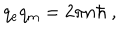
LaTeX: q _ { \mathrm { e } } q _ { \mathrm { m } } = 2 \pi n \hbar \ ,